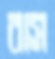
বাস